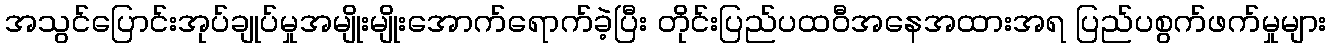
အသွင်ပြောင်းအုပ်ချုပ်မှုအမျိုးမျိုးအောက်ရောက်ခဲ့ပြီး တိုင်းပြည်ပထဝီအနေအထားအရ ပြည်ပစွက်ဖက်မှုများ